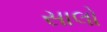
સાલો